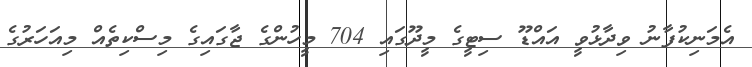
އެމަނިކުފާނު ވިދާޅުވީ އައްޑޫ ސިޓީގެ މީދޫގައި 704 މީހުންގެ ޖާގައިގެ މިސްކިތެއް މިއަހަރުގެ